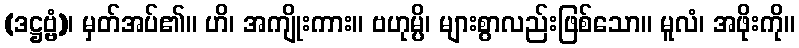
(ဒဋ္ဌဗ္ဗံ)၊ မှတ်အပ်၏။ ဟိ၊ အကျိုးကား။ ဗဟုမ္ပိ၊ များစွာလည်းဖြစ်သော။ မူလံ၊ အဖိုးကို။